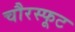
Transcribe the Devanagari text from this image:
चौरस्फूट